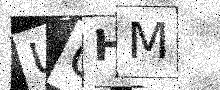
Text: UOHM